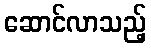
ဆောင်လာသည့်